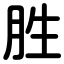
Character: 胜